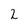
Character: 2